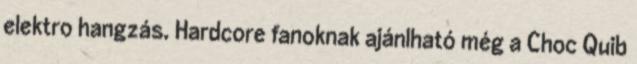
elektro hangzás. Hardcore fanoknak ajánlható még a Choc Quib